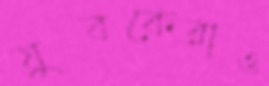
যুবকেরাও